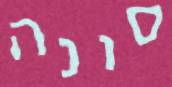
סונה